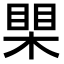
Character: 𪳐